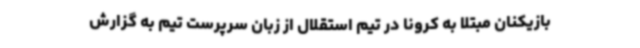
بازیکنان مبتلا به کرونا در تیم استقلال از زبان سرپرست تیم به گزارش